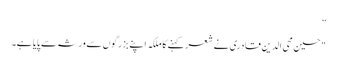
”
"حسین محی الدین قادری نے شعر کہنے کا ملکہ اپنے بزرگوں سے ورثہ سے پایا ہے۔